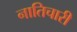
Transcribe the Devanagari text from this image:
नातिचारी